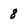
Character: 8